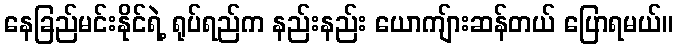
နေခြည်မင်းနိုင်ရဲ့ ရုပ်ရည်က နည်းနည်း ယောကျ်ားဆန်တယ် ပြောရမယ်။